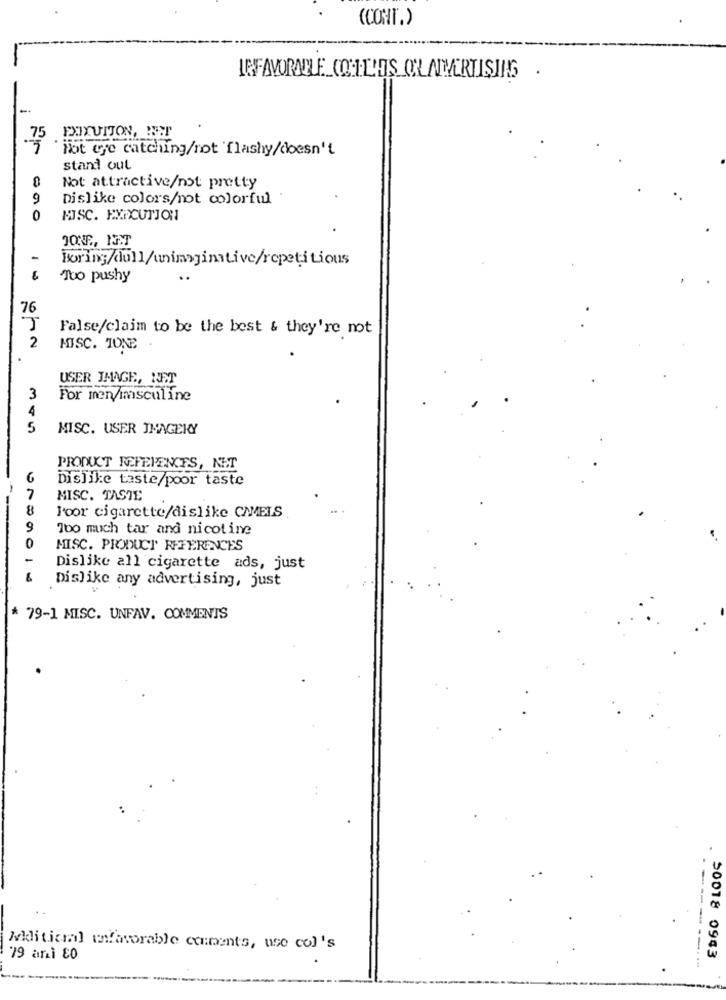
(CONT.)
INFAVORABLE COLL'ES CLAMARTISIS .
75 FOIXUITON, MEST
Not eye catching/rot flashy/doesn't
stand out
0
Not attractive/not pretty
9
Dislike colors/not colorful
0
MISC. EXECUTION
JONE, N.T
-
Boring/dull/unimaginative/repetitious
6
To pushy
76
False/claim to be the best & they're not
2
MISC. TONE
USER IMAGE, NET
3
For men/mmasculine
4
5
MISC. USER IMAGERY
PRODUCT REFEIENTS, NET
Dislike taste/poor taste
7
MISC. TASTE
8
Foor cigarette/dislike CAMELS
9
Too much tar and nicotine
0
MISC. PRODUCT REFERENCES
Dislike all cigarette ads, just
901.
Dislike any advertising, just
* 79-1 MISC. UNFAV. COMMENTS
Wkli ticml wfavorable comments, use col's
79 anì 80
50018 0943
---------